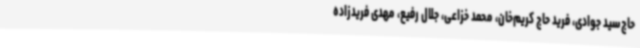
حاج‌سید جوادی، فرید حاج کریم‌خان، محمد خزاعی، جلال رفیع، مهدی فریدزاده